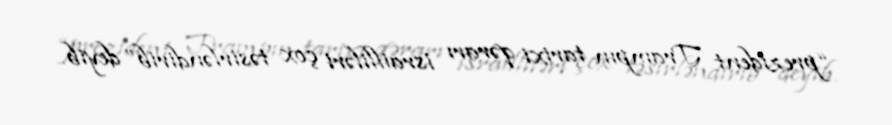
“prezident Trampın tarixi qərarı israilliləri çox təsirləndirib” deyib.